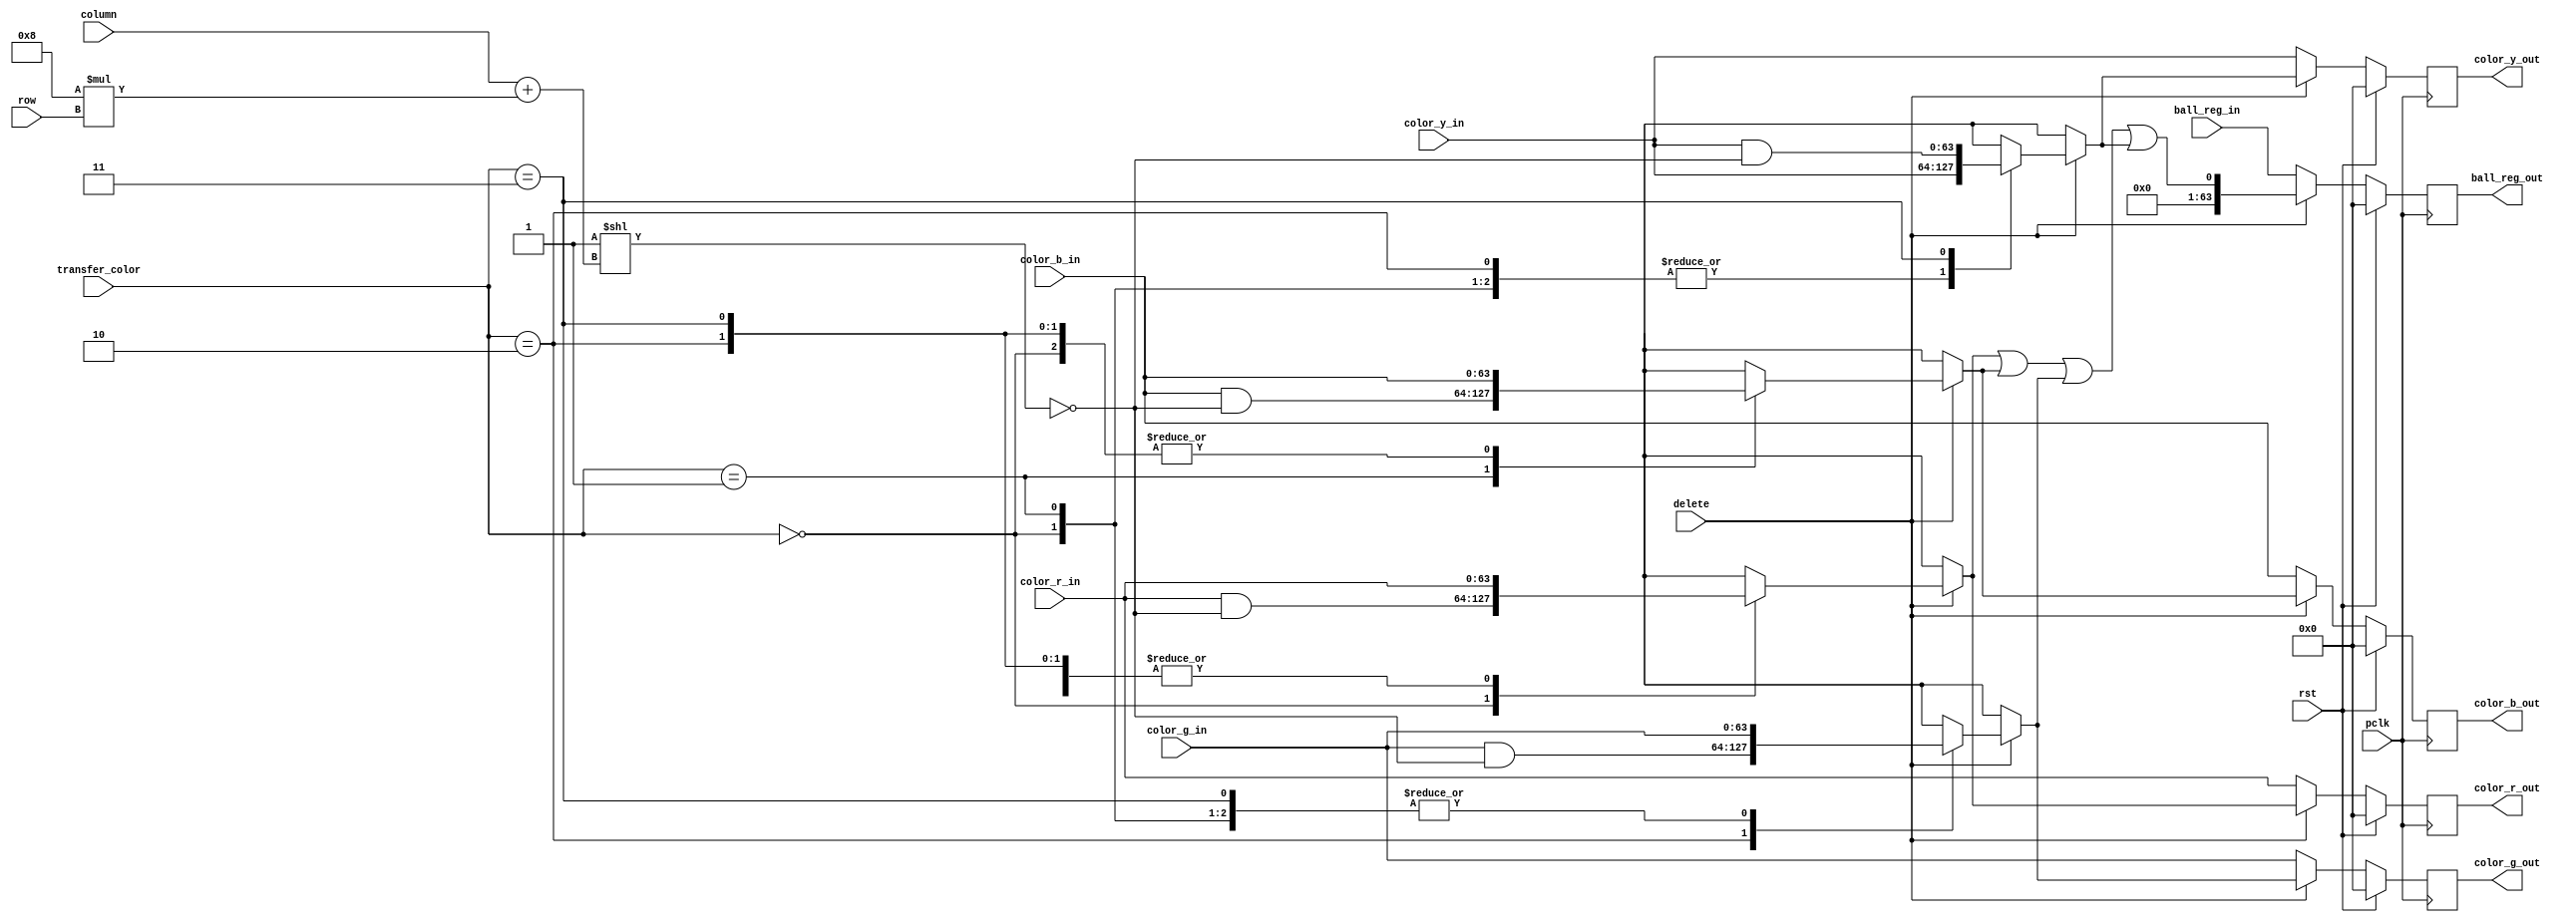
`timescale 1ns / 1ps
//////////////////////////////////////////////////////////////////////////////////
// Company: 
// Engineer: 
// 
// Design Name: 
// Module Name: delete_data
// Project Name: 
// Target Devices: 
// Tool Versions: 
// Description: 
// 
// Dependencies: 
// 
// Revision:
// Revision 0.01 - File Created
// Additional Comments:
// 
//////////////////////////////////////////////////////////////////////////////////


module delete_data(
    input wire          pclk,
    input wire          rst,
    input wire          delete,
    input wire [3:0]    column,
    input wire [3:0]    row,
    input wire [63:0]   ball_reg_in,
    input wire [63:0]   color_r_in,
    input wire [63:0]   color_b_in,
    input wire [63:0]   color_g_in,
    input wire [63:0]   color_y_in,
    input wire [1:0]    transfer_color,

    output reg [63:0]  ball_reg_out,
    output reg [63:0]  color_r_out,
    output reg [63:0]  color_b_out,
    output reg [63:0]  color_g_out,
    output reg [63:0]  color_y_out
    );
    
    
    reg [63:0] ball_reg_nxt, color_r_nxt, color_b_nxt, color_g_nxt, color_y_nxt, temp_reg, temp_reg_nxt;
    
    always @(posedge pclk)
    begin
        if(rst)
        begin
            ball_reg_out    <= 64'b0;
            color_r_out     <= 64'b0;
            color_b_out     <= 64'b0;
            color_g_out     <= 64'b0;
            color_y_out     <= 64'b0;
            
            temp_reg        <= 64'b0;
        end
        else begin
            ball_reg_out    <= ball_reg_nxt;
            color_r_out     <= color_r_nxt;
            color_b_out     <= color_b_nxt;
            color_g_out     <= color_g_nxt;
            color_y_out     <= color_y_nxt;
            
            temp_reg        <= temp_reg_nxt;    
        end
    end
    
    always @*
    begin
        if(delete)
        begin
            temp_reg_nxt = 1'b1 << (column + 8*row);   

            color_r_nxt = color_r_in;
            color_b_nxt = color_b_in;    
            color_g_nxt = color_g_in;
            color_y_nxt = color_y_in;
            
            case(transfer_color)
                2'b00: color_r_nxt = (color_r_in & (~temp_reg_nxt));
                2'b01: color_b_nxt = (color_b_in & (~temp_reg_nxt));
                2'b10: color_g_nxt = (color_g_in & (~temp_reg_nxt));
                2'b11: color_y_nxt = (color_y_in & (~temp_reg_nxt));
            endcase
            
            ball_reg_nxt = (color_r_nxt || color_b_nxt || color_g_nxt || color_y_nxt);
        end
        
        else begin
            ball_reg_nxt = ball_reg_in;
            color_r_nxt = color_r_in;
            color_b_nxt = color_b_in;    
            color_g_nxt = color_g_in;
            color_y_nxt = color_y_in;
        end
    end

endmodule